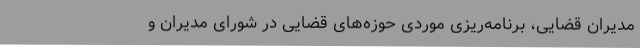
مدیران قضایی، برنامه‌ریزی موردی حوزه‌های قضایی در شورای مدیران و